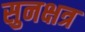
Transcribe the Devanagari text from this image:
सुनक्षत्र